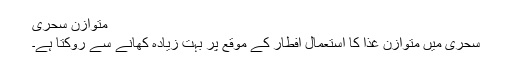
متوازن سحری
سحری میں متوازن غذا کا استعمال افطار کے موقع پر بہت زیادہ کھانے سے روکتا ہے۔